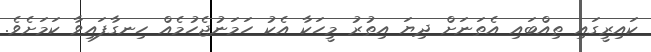
ކައިރީގައި ތިއްބައި އެތަނަށް ދިޔަ އިތުރު މީހަކާ އެކު ހަމަނުޖެހުމެއް ހިނގާފައިވާ ކަމަށެވެ.